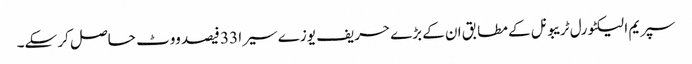
سپریم الیکٹورل ٹریبونل کے مطابق ان کے بڑے حریف یوزے سیرا 33 فیصد ووٹ حاصل کر سکے۔